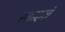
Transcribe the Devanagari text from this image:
स्वाएज़े